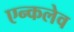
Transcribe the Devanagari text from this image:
एन्कलेव